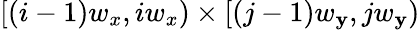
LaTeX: \left[(i-1)w_{x},iw_{x}\right)\times\left[(j-1)w_{\mathbf{y}},jw_{\mathbf{y}}\right)